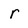
Character: r